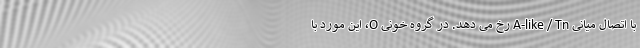
با اتصال میانی A-like / Tn رخ می دهد. در گروه خونی O، این مورد با